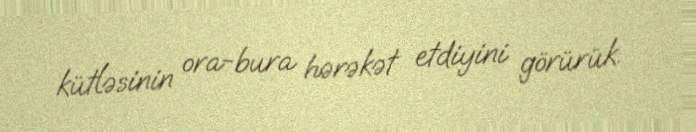
kütləsinin ora-bura hərəkət etdiyini görürük.